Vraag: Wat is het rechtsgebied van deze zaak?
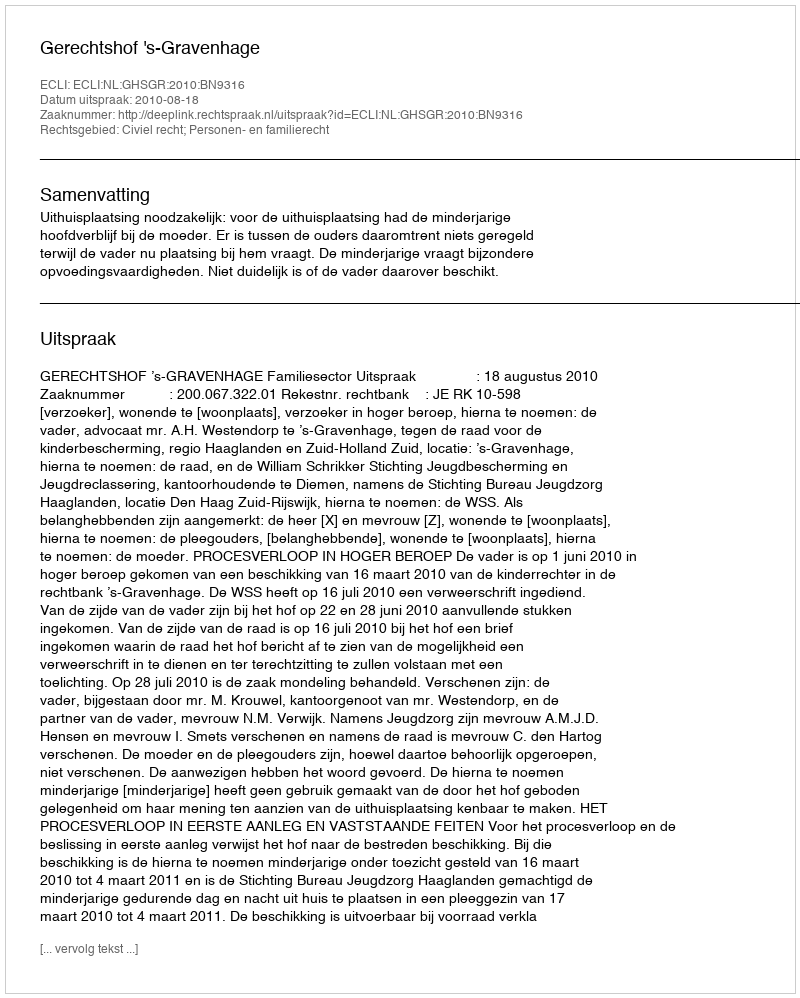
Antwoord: Civiel recht; Personen- en familierecht